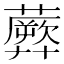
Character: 𧂱